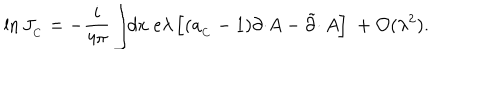
\ln J _ { _ C } = - \frac { i } { 4 \pi } \int \! \! d x \; e \lambda \left[ ( a _ { _ C } - 1 ) \partial \cdotp \! A - \tilde { \partial } \cdotp A \right] \; + { \cal O } ( \lambda ^ { 2 } ) .